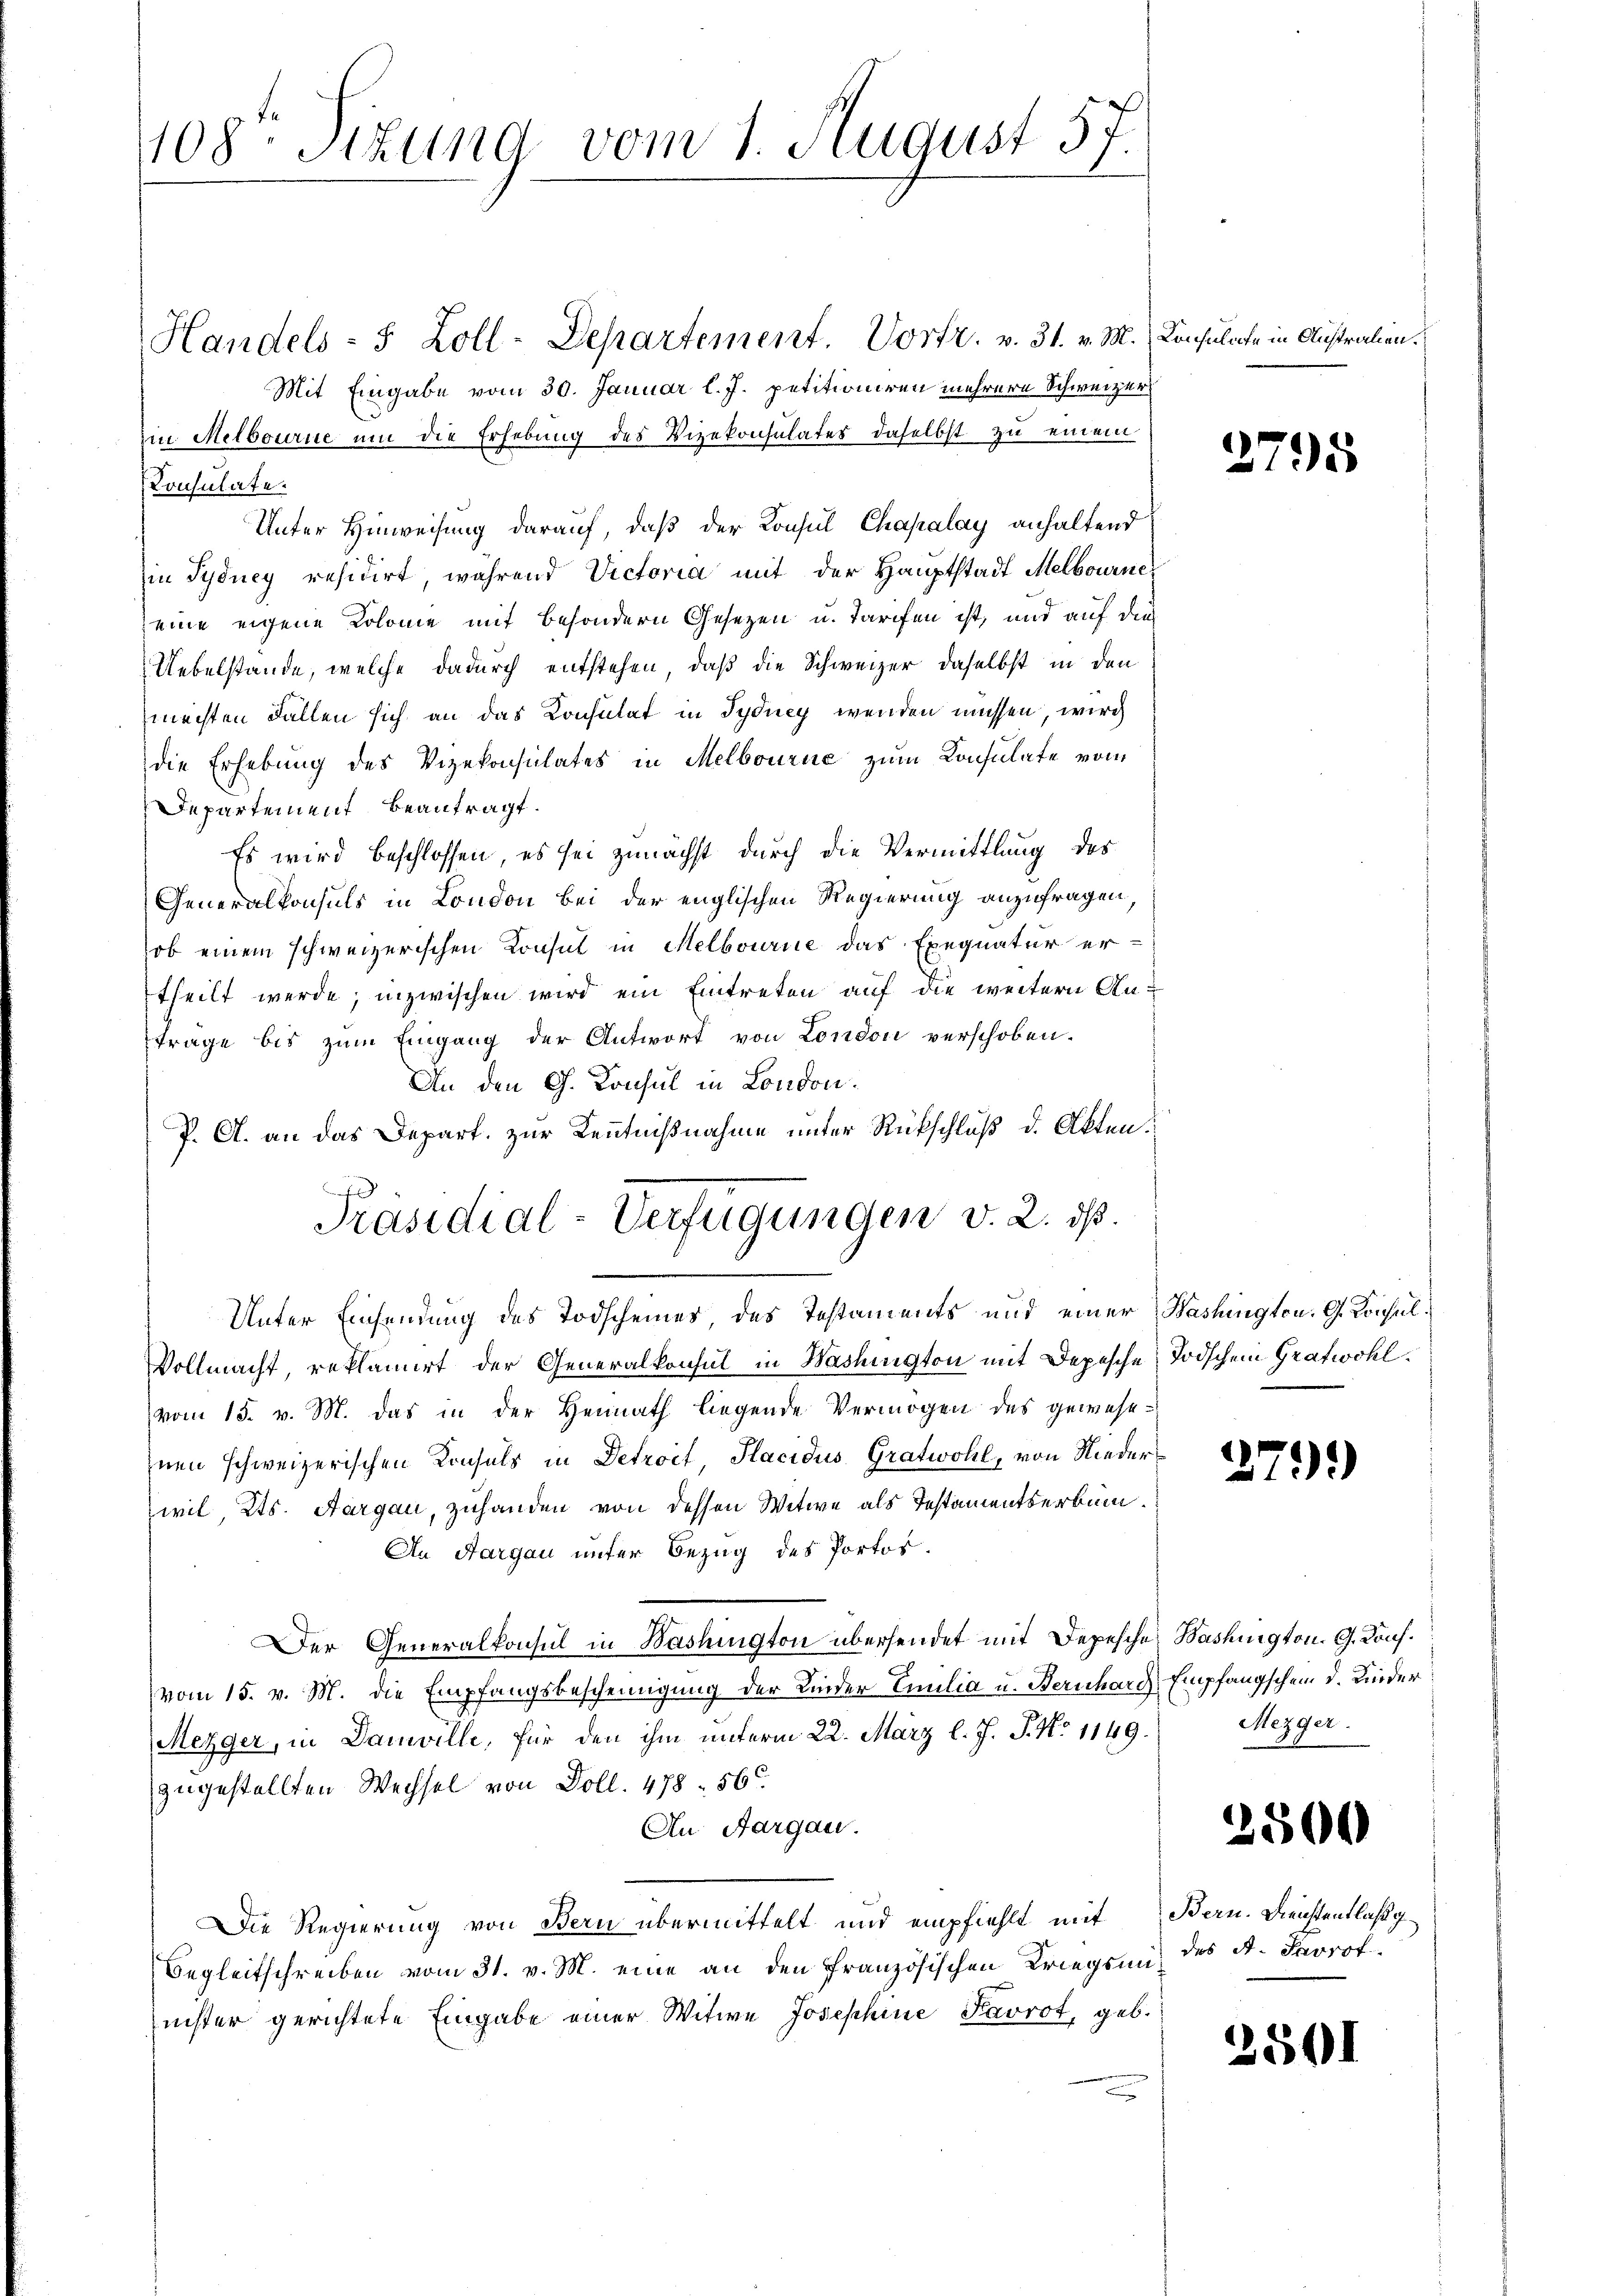
108. Sizung vom 1. August 57.

Präsidial-Verfügungen v. 2. ds.

Handels- 5 Zoll-Departement. Vortr. v. 31. v. M. Konsulate in Australien.
Mit Eingabe vom 30. Januar l. J. petitioniren mehrere Schweizer
in Melbourne um die Erhebung des Vizekonsulater daselbst zu einem
Konsulate.
Unter Hinweisung darauf, daß der Konsul Chapalay anhaltend
Ein Sydney residirt, während Victoria mit der Hauptstadt Melbourneeine eigene Kolome mit besondern Gesezen u. Tarifen ist, und auf die
Uebelstände, welche dadurch entstehen, daß die Schweizer daselbst in den
machten Fällen sich an das Konsulat in Sydney wenden müssen, wird
die Erhebung des Vizekonsulates in Melbourne zum Konsulate vom
Departement beantragt.
Es wird beschlossen, es sei zunächst durch die Vermittlung des
Generalkonsuls in London bei der englischen Regierung anzufragen.
ob einem schweizerischen Konsul in Melbourne das Exequatur er-
theilt werde; inzwischen wird ein Eintreten auf die weitern Anträge bis zum Eingang der Antwort von London verschoben.
An den Ch. Konsul in London.
P. A. an das Depart. zur Kenntnißnahme unter Rückschluß d. Akten.
Unter Einsendung des Todscheines des Testaments und einer Washingten. G. Konsul¬
Vollmacht, reklamirt der Generalkonsul in Washington mit Depesche Todschen Gratwohlvom 15. v. M. das in der Heimath liegende Vermögen des gewesenen schweizerischen Konsuls in Detroit Placidus Gratwohl, von Niederwil, Kts. Aargau, zuhanden von dessen Witwe als Testamentserbum.
An Aargau unter Bezug des Portos.
Der Generalkonsul in Washington übersendet mit Depesches Washington G. Kons.
vom 15. v. M. die Empfangsbescheinigung der Linder Emilia u. Bernhard Empfangschein d. Kinder
Mezger, in Danville, für den ihm unterm 22. März l. J. J. No 1149.
zugestellten Wechsel von Doll. 478. 56
An Aargau.
Die Regierung von Bern übermittelt und empfiehlt mit Bern. Dienstentlaßg¬
Begleitschreiben vom 31. v. M. eine an den französischen Kriegsminister gerichtete Eingabe einer Witwe Josephine Favrot, geb.

2795

279)

Mezger.

2500

des A. Forst

2501